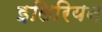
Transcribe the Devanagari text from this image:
इलिरियन